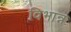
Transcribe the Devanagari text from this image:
विभान्न